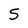
Character: 5